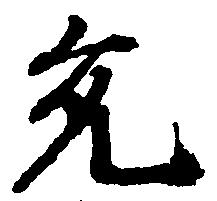
允